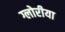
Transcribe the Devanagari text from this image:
ग्लोरीया